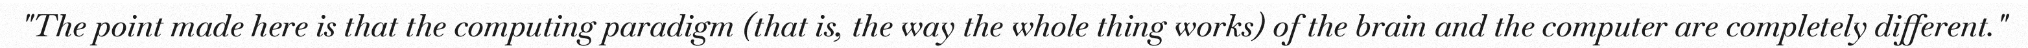
"The point made here is that the computing paradigm (that is, the way the whole thing works) of the brain and the computer are completely different."